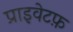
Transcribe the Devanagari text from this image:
प्राइवेटफ़